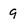
Character: 9